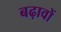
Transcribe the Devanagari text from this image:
बढ़ावों